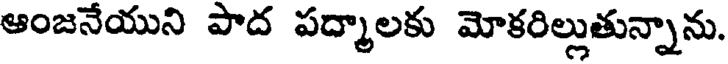
ఆంజనేయుని పాద పద్మాలకు మోకరిల్లుతున్నాను.